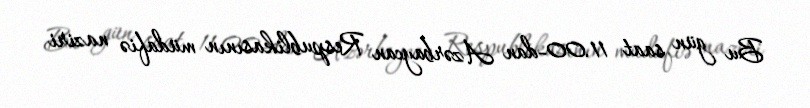
Bu gün saat 11.00-dan Azərbaycan Respublikasının müdafiə naziri